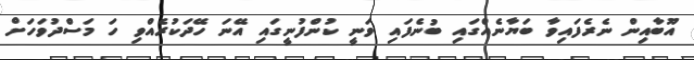
އޫބާއިން ނެރެފައިވާ ބަޔާނެއްގައި ބުނެފައި ވަނީ ކުންފުނީގައި އޭނަ ހޭދަކުރެއްވި ހަ މަސްދުވަހަށް